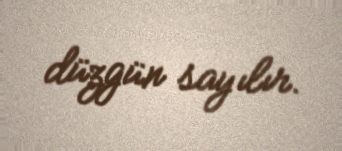
düzgün sayılır.